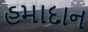
હમાદાન